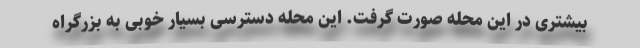
بیشتری در این محله صورت گرفت. این محله دسترسی بسیار خوبی به بزرگراه